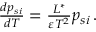
\begin{array} { r } { { \frac { d p _ { s i } } { d T } } = \frac { L ^ { * } } { { \varepsilon } T ^ { 2 } } p _ { s i } \, . } \end{array}